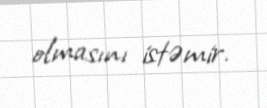
olmasını istəmir.